Lunatic asylums Bombay report 1891-1903 - 1891-1903
Year: 1891
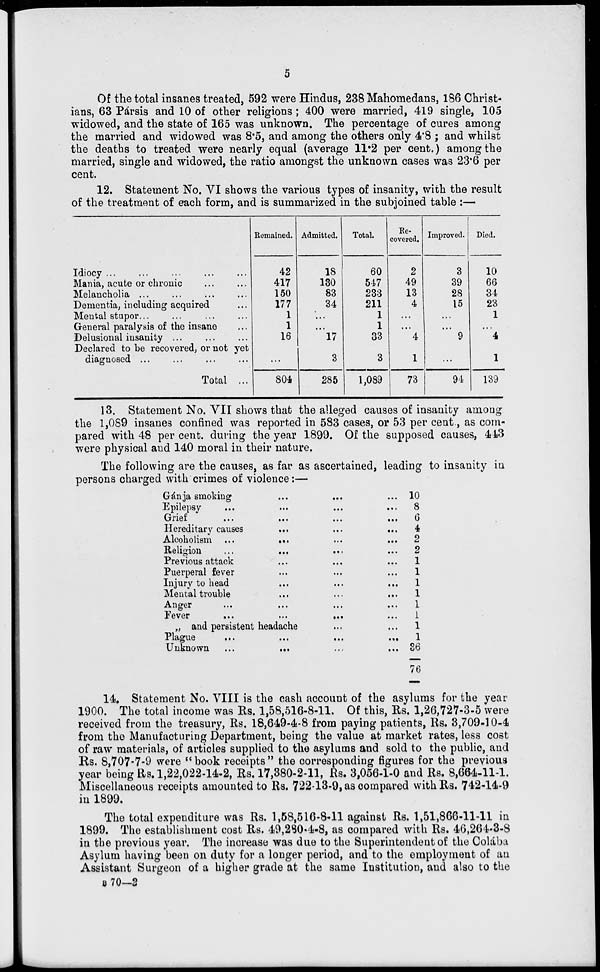
5
Of the total insanes treated, 592 were Hindus, 238 Mahomedans, 186 Christ-
ians, 63 Parsis and 10 of other religions; 400 were married, 419 single, 105
widowed, and the state of 165 was unknown. The percentage of cures among
the married and widowed was 8.5, and among the others only 4.8 ; and whilst
the deaths to treated were nearly equal (average 11.2 per cent.) among the
married, single and widowed, the ratio amongst the unknown cases was 23.6 per
cent.
12. Statement No. VI shows the various types of insanity, with the result
of the treatment of each form, and is summarized in the subjoined table :—
Idiocy
...
...
...
...
...
Mania, acute or chronic ... ...
Melancholia ... ... ... ...
Dementia, including acquired ... ...
Mental stupor ... ... ... ...
General paralysis of the insane ...
Delusional insanity ... ... ...
Declared to be recovered, or not yet
diagnosed ... ... ... ...
Total ...
Remained.
42
417
150
177
1
1
16
...
804
Admitted.
18
130
83
34
...
...
17
3
285
Total.
60
547
233
211
1
1
33
3
1,089
Re-
covered.
2
49
13
4
...
...
4
1
73
Improved.
3
39
28
15
...
...
9
...
94
Died.
10
66
34
23
1
...
4
1
139
13. Statement No. VII shows that the alleged causes of insanity among
the 1,089 insanes confined was reported in 583 cases, or 53 per cent., as com-
pared with 48 per cent. during the year 1899. Of the supposed causes, 443
were physical and 140 moral in their nature.
The following are the causes, as far as ascertained, leading to insanity in
persons charged with crimes of violence:—
Gánja smoking
...
...
...
Epilepsy
...
...
...
Grief
...
...
...
Hereditary causes
...
...
...
Alcoholism
...
...
...
Religion
...
...
...
Previous attack
...
...
...
Puerperal fever
...
...
...
Injury to head
...
...
...
Mental trouble
...
...
...
Anger
...
...
...
Fever
...
...
...
„ and persistent headache ... ...
Plague
...
...
...
...
Unknown
...
...
...
...
10
8
6
4
2
2
1
1
1
1
1
1
1
1
36
76
14. Statement No. VIII is the cash account of the asylums for the year
1900. The total income was Rs. 1,58,516-8-11. Of this, Rs. 1,26,727-3-5 were
received from the treasury, Rs. 18,649-4-8 from paying patients, Rs. 3,709-10-4
from the Manufacturing Department, being the value at market rates, less cost
of raw materials, of articles supplied to the asylums and sold to the public, and
Rs. 8,707-7-9 were "book receipts" the corresponding figures for the previous
year being Rs. 1,22,022-14-2, Rs. 17,380-2-11, Rs. 3,056-1-0 and Rs. 8,664-11-1.
Miscellaneous receipts amounted to Rs. 722-13-9, as compared with Rs. 742-14-9
in 1899.
The total expenditure was Rs. 1,58,516-8-11 against Rs. 1,51,866-11-11 in
1899. The establishment cost Rs. 49,280-4-8, as compared with Rs. 46,264-3-8
in the previous year. The increase was due to the Superintendent of the Colába
Asylum having been on duty for a longer period, and to the employment of an
Assistant Surgeon of a higher grade at the same Institution, and also to the
B 70—2